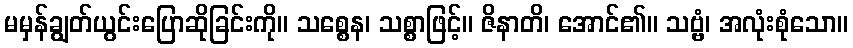
မမှန်ချွတ်ယွင်းပြောဆိုခြင်းကို။ သစ္စေန၊ သစ္စာဖြင့်။ ဇိနာတိ၊ အောင်၏။ သဗ္ဗံ၊ အလုံးစုံသော။